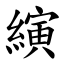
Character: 縯